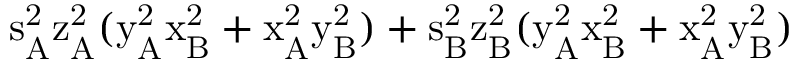
\mathrm { s _ { A } ^ { 2 } \mathrm { z _ { A } ^ { 2 } ( \mathrm { y _ { A } ^ { 2 } \mathrm { x _ { B } ^ { 2 } + \mathrm { x _ { A } ^ { 2 } \mathrm { y _ { B } ^ { 2 } ) + \mathrm { s _ { B } ^ { 2 } \mathrm { z _ { B } ^ { 2 } ( \mathrm { y _ { A } ^ { 2 } \mathrm { x _ { B } ^ { 2 } + \mathrm { x _ { A } ^ { 2 } \mathrm { y _ { B } ^ { 2 } ) } } } } } } } } } } } }